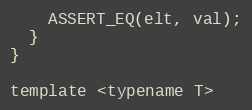
Language: C
    ASSERT_EQ(elt, val);
  }
}

template <typename T>